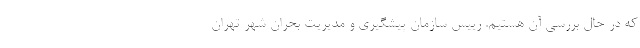
که در حال بررسی آن هستیم. رییس سازمان پیشگیری و مدیریت بحران شهر تهران